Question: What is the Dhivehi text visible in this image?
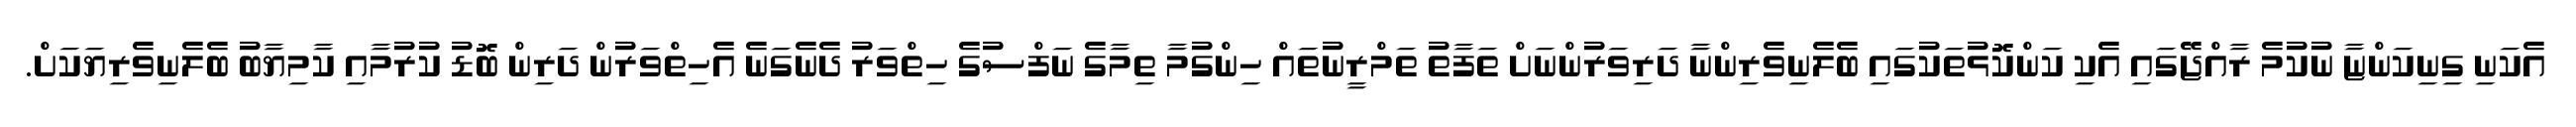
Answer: އެކަނި ގިނިކަންޏާ ނުކުމެ ރާއްޖޭގައި އެކި ކަންކޮޅުތަކުގައި ބެލެނިވެރިންނާ ދަރިވަރުންނަށް ތަފާތު ތަމްރީނުތައް ހިންގުމާ ތިމާގެ ނަފްސުގެ ހިތްވަރު ދެނެގަނެ އެހިތްވަރުން ދަރިން ބޮޑު ކުރުމާއި ކާމިޔާބު ބެލެނިވެރިޔަކަށް.